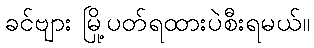
ခင်ဗျား မြို့ပတ်ရထားပဲစီးရမယ်။